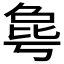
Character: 𰚋